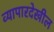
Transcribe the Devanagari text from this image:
व्यापारदेखील